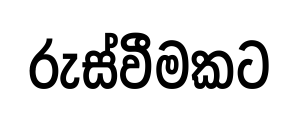
රුස්වීමකට